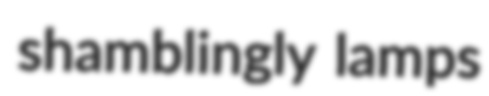
shamblingly lamps